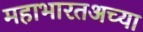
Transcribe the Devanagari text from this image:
महाभारतअच्या